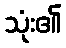
သုံး၏